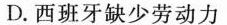
D. 西班牙缺少劳动力